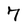
Character: 7